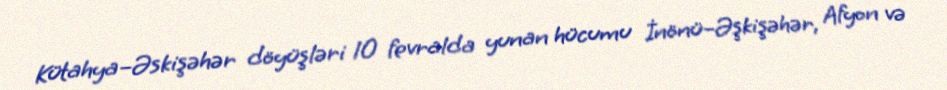
Kütahya–Əskişəhər döyüşləri 10 fevralda yunan hücumu İnönü–Əşkişəhər, Afyon və